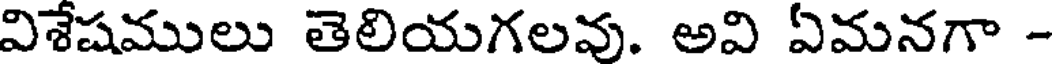
విశేషములు తెలియగలవు. అవి ఏమనగా -